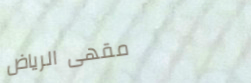
مقهى الرياض